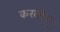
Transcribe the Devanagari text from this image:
करलीच्